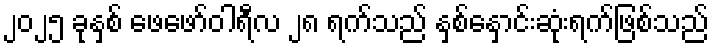
၂၀၂၅ ခုနှစ် ဖေဖော်ဝါရီလ ၂၈ ရက်သည် နှစ်နှောင်းဆုံးရက်ဖြစ်သည်